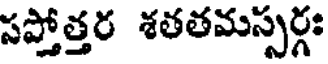
సప్తోత్తర శతతమస్సర్గః